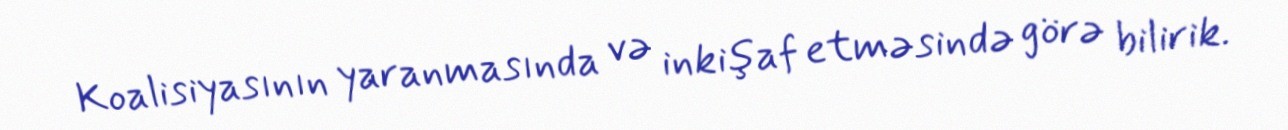
Koalisiyasının yaranmasında və inkişaf etməsində görə bilirik.